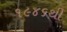
૧૯૪૬થી